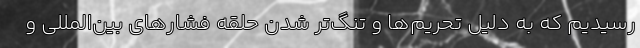
رسیدیم که به دلیل تحریم‌ها و تنگ‌تر شدن حلقه فشارهای بین‌المللی و